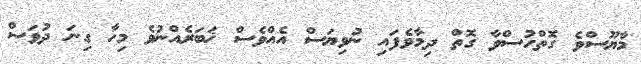
މާޔޫސްވެ ގޮތްހުސްވާ ގޮތް ދިމާވެފައި ނުވިޔަސް އެއްވެސް ޚަބަރެއްނުވެ މިހާ ގިނަ ދުވަސް